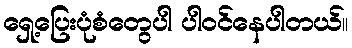
ရှေ့ပြေးပုံစံတွေပါ ပါဝင်နေပါတယ်။